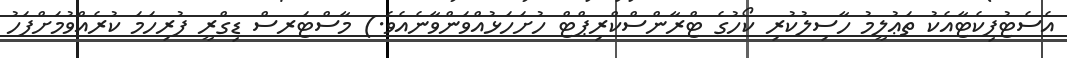
އެސެޓުފިކެޓާއެކު ތަޢުލީމު ހާސިލުކުރި ކޯހުގެ ޓްރާންސްކްރިޕްޓް ހުށަހަޅުއްވަންވާނެއެވެ.) މާސްޓަރސް ޑިގްރީ ފުރިހަމަ ކުރެއްވުމަށްފަހު